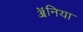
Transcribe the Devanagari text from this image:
ॲनिया